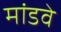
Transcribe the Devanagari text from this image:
मांडवे